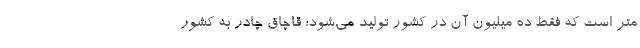
متر است که فقط ده میلیون آن در کشور تولید می‌شود؛ قاچاق چادر به کشور